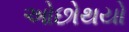
ઓછોથયો